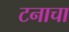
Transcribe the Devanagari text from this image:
टनाचा